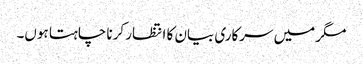
مگر میں سرکاری بیان کا انتظار کرنا چاہتا ہوں۔